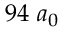
9 4 ~ a _ { 0 }